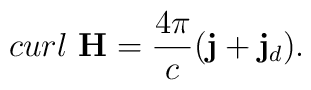
curl\,\,{\bf H}= \frac{4\pi}{c}({\bf j} + {\bf      j}_d).